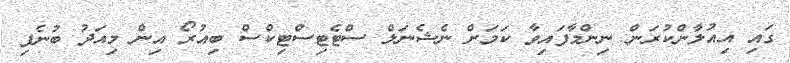
ގައި އިއުލާންކުރަން ނިންމާފައިވާ ކަމަށް ނެޝެނަލް ސްޓެޓިސްޓިކްސް ބިއުރޯ އިން މިއަދު ބުނެފި